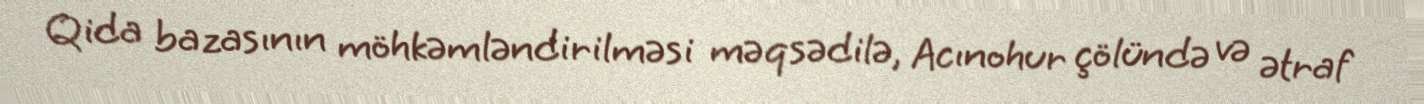
Qida bazasının möhkəmləndirilməsi məqsədilə, Acınohur çölündə və ətraf